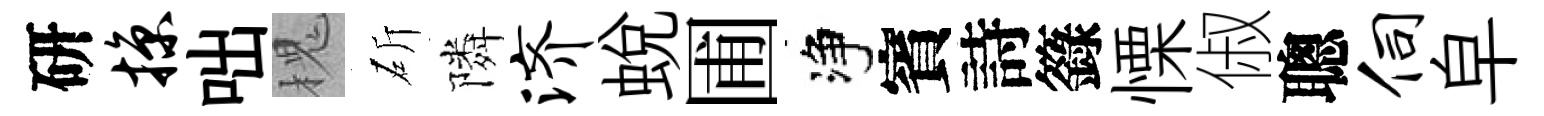
研掠咄槐斫隣济蜕圃净賓詩籙慄俶聰伺皁